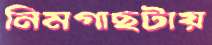
নিমগাছটায়